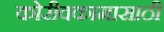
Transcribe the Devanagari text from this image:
कोरीवकामासाठी